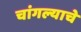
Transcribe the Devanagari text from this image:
चांगल्याचे